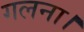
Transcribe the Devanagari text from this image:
गलना।